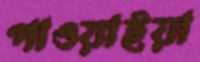
পাওয়াইয়া